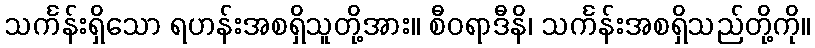
သင်္ကန်းရှိသော ရဟန်းအစရှိသူတို့အား။ စီဝရာဒီနိ၊ သင်္ကန်းအစရှိသည်တို့ကို။